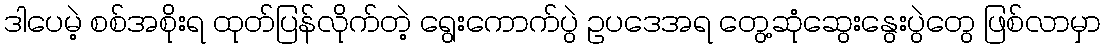
ဒါပေမဲ့ စစ်အစိုးရ ထုတ်ပြန်လိုက်တဲ့ ရွေးကောက်ပွဲ ဥပဒေအရ တွေ့ဆုံဆွေးနွေးပွဲတွေ ဖြစ်လာမှာ